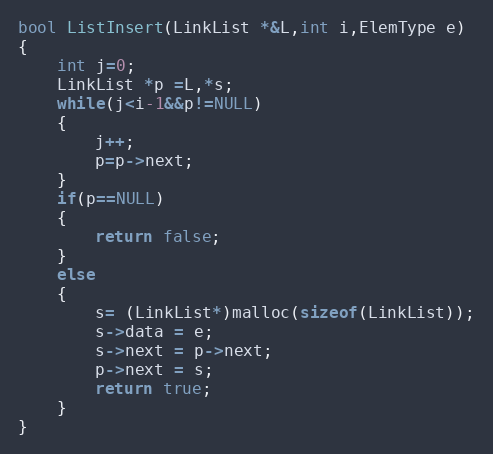
Language: C++
bool ListInsert(LinkList *&L,int i,ElemType e)
{
	int j=0;
	LinkList *p =L,*s;
	while(j<i-1&&p!=NULL)
	{
		j++;
		p=p->next;
	}
	if(p==NULL)
	{
		return false;
	}
	else
	{
		s= (LinkList*)malloc(sizeof(LinkList));
		s->data = e;
		s->next = p->next;
		p->next = s;
		return true;
	}
}